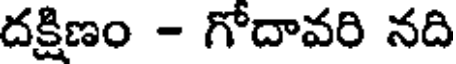
దక్షిణం - గోదావరి నది